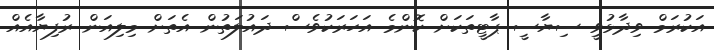
އަކުރަމް ވިދާޅުވީ ސިޔާސީ ޕާޓީތަަކަށް ކޮންމެ އަހަރަކުވެސް ދައުލަތުން އެތަށް މިލިއަން ރުފިޔާއެއް